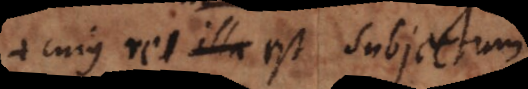
cujus res illa est subjectum.